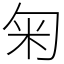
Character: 匊